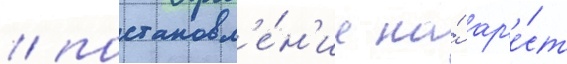
/ постановл'е́н'ие на́ ар'е́ст